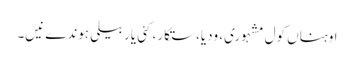
اوہناں کول مشہوری، ودیا، ستکار، کئی یار بیلی ہوندے نیں۔